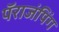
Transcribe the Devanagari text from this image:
पॅराजंपिंग